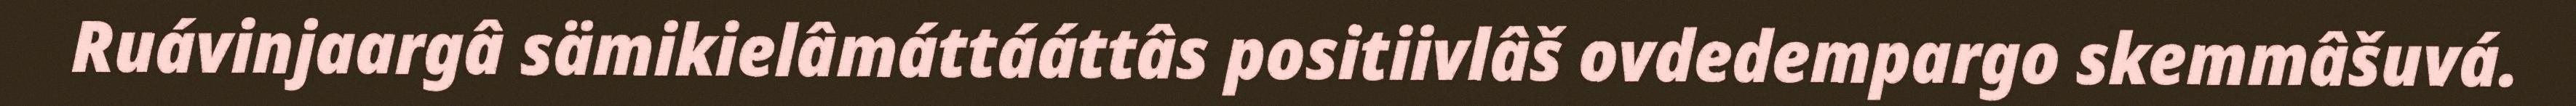
Ruávinjaargâ sämikielâmáttááttâs positiivlâš ovdedempargo skemmâšuvá.